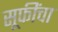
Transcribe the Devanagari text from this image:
सूफींचा